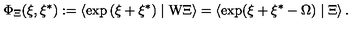
\Phi _ { \Xi } ( \xi , \xi ^ { * } ) : = \left\langle \exp \left( \xi + \xi ^ { * } \right) \mid \mathrm { W } \Xi \right\rangle = \left\langle \exp ( \xi + \xi ^ { * } - \Omega ) \mid \Xi \right\rangle .